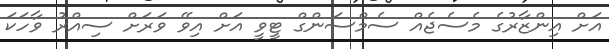
އަށް އިންޒާރުގެ މެސެޖެއް ސެމްސަންގް ޓީވީ އަށް އިވޭ ވަރަށް ސިއްރު ވާހަކަ